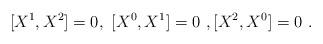
LaTeX: \begin{align*}[X^1,X^2]=0, \ [X^{0},X^1]=0\ , [X^2,X^0]=0 \ .\end{align*}